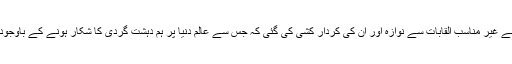
اسلام پسندوں کو ایسے غیر مناسب القابات سے نوازہ اور ان کی کردار کشی کی گئی کہ جس سے عالم دنیا پر ہم دہشت گردی کا شکار ہونے کے باوجود دہشت گرد ہوگئے۔